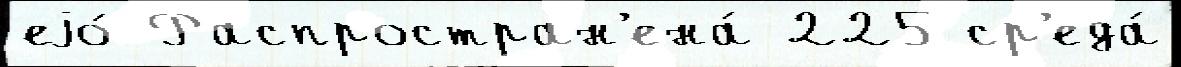
еjо́ Распростран'ена́ 225 ср'еда́